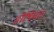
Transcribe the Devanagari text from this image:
होषियार